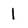
Character: I